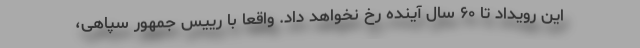
این رویداد تا ۶۰ سال آینده رخ نخواهد داد. واقعا با رییس جمهور سپاهی،